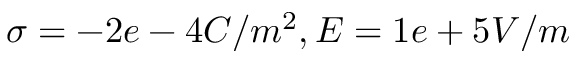
\sigma = - 2 e - 4 C / m ^ { 2 } , E = 1 e + 5 V / m